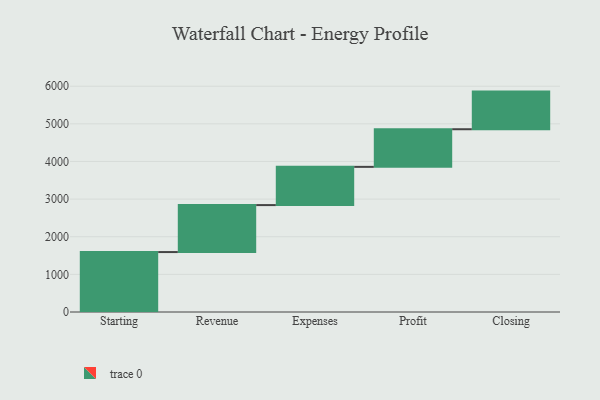
{"axis": {"x": "Step", "y": "Value"}, "legend": [""], "data": [{"x": "Starting", "y": 1593.0, "type": ""}, {"x": "Revenue", "y": 1248.0, "type": ""}, {"x": "Expenses", "y": 1016.0, "type": ""}, {"x": "Profit", "y": 1000, "type": ""}, {"x": "Closing", "y": 1000, "type": ""}]}